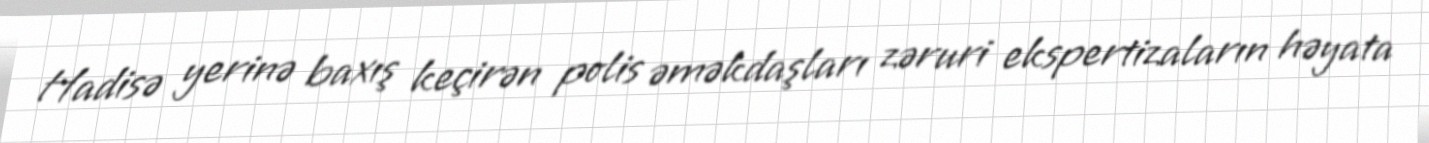
Hadisə yerinə baxış keçirən polis əməkdaşları zəruri ekspertizaların həyata